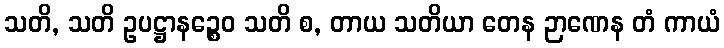
သတိ, သတိ ဥပဋ္ဌာနဉ္စေဝ သတိ စ, တာယ သတိယာ တေန ဉာဏေန တံ ကာယံ